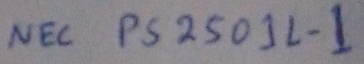
Text: NEC PS2501L